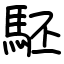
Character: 駓